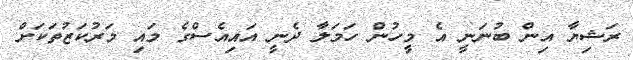
ރަޝިޔާ އިން ބުނަނީ އެ މީހުން ހަމަލާ ދެނީ އައިއެސްގެ މައި މަރުކަޒުތަކަށް